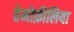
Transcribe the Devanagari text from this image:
हेमोफ़ीलिया